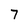
Character: 7